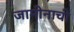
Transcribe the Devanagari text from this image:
जामीनाची